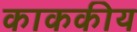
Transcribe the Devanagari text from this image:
काककीय